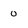
Character: 0